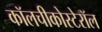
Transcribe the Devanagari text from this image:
कॉलचीकोस्टेरॉल